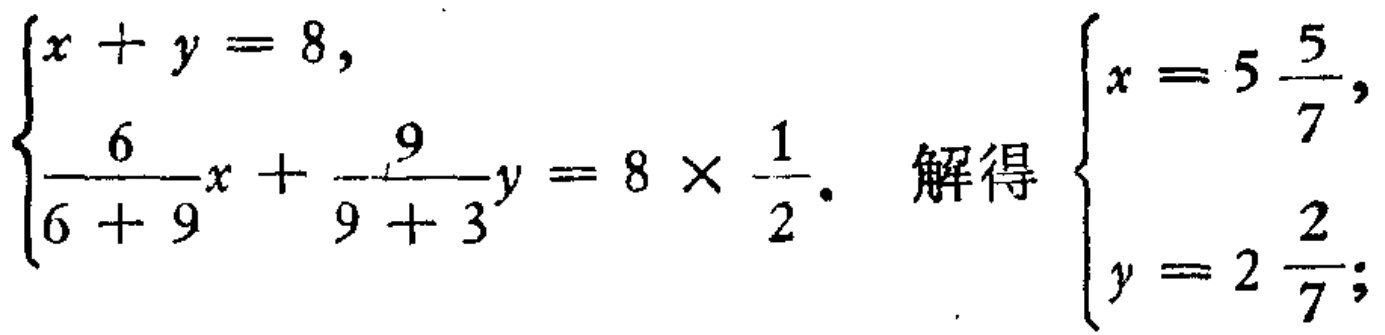
\(\begin{cases}
x + y = 8, \\
\frac{6}{6 + 9}x + \frac{9}{9 + 3}y = 8\times\frac{1}{2}.
\end{cases}\) 解得 \(\begin{cases}
x = 5\frac{5}{7}, \\
y = 2\frac{2}{7};
\end{cases}\)